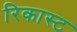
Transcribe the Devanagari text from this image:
रिकास्ट